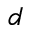
d